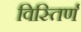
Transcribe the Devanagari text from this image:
विस्तिर्ण